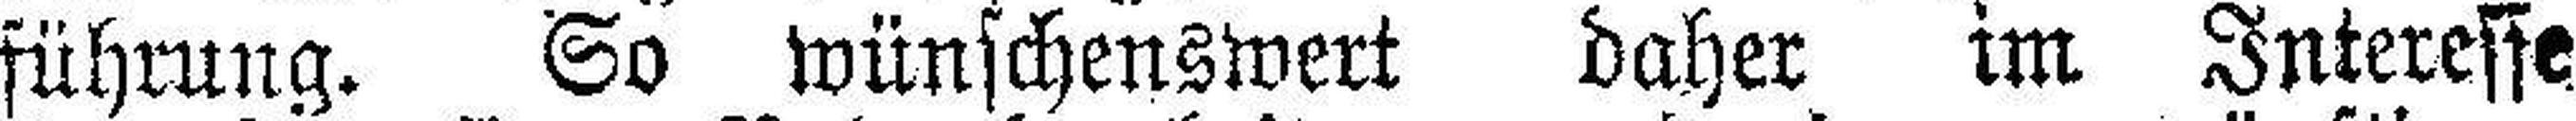
führung. So wünschenswert daher im Interesse